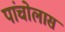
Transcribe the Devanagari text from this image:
पांचोलास